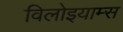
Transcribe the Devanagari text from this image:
विलोइयाम्स